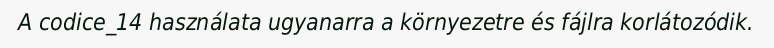
A codice_14 használata ugyanarra a környezetre és fájlra korlátozódik.